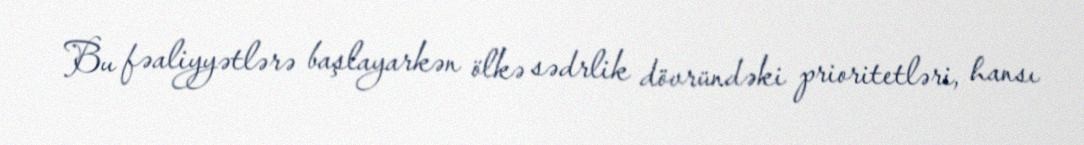
Bu fəaliyyətlərə başlayarkən ölkə sədrlik dövründəki prioritetləri, hansı